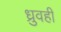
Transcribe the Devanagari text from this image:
ध्रुवही